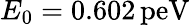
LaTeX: E_{0}=0.602\, \mathrm{peV}